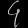
Digit: ၄